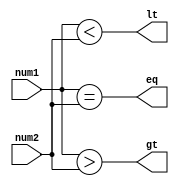
module comparator_2bit(
    input [1:0] num1,
    input [1:0] num2,
    output eq,
    output gt,
    output lt
);

assign eq = (num1 == num2);
assign gt = (num1 > num2);
assign lt = (num1 < num2);

endmodule